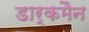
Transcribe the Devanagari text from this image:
डार्कमैन